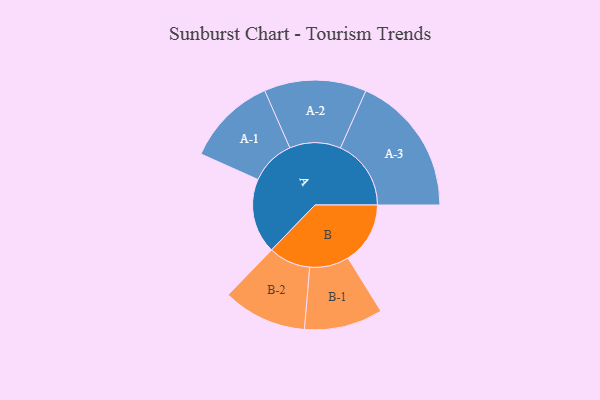
{"axis": {"x": "Segment", "y": "Value"}, "legend": ["", "A", "B"], "data": [{"x": "A", "y": 311, "type": ""}, {"x": "B", "y": 258, "type": ""}, {"x": "A-1", "y": 187, "type": "A"}, {"x": "A-2", "y": 212, "type": "A"}, {"x": "A-3", "y": 293, "type": "A"}, {"x": "B-1", "y": 163, "type": "B"}, {"x": "B-2", "y": 174, "type": "B"}]}